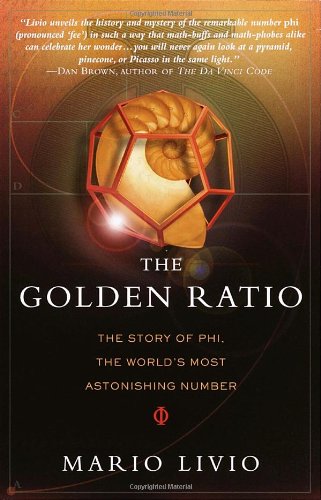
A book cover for The Golden Ratio: The Story of PHI, the World's Most Astonishing Number; Mario Livio; Science & Math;